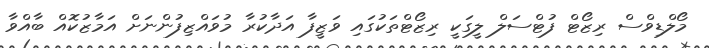
މޯލްޑިވްސް ރިޒޯޓް ފުޓްސަލް ލީގަކީ ރިޒޯޓްތަކުގައި ވަޒީފާ އަދާކުރާ މުވައްޒިފުންނަށް އަމާޒުކޮއް ބާއްވާ